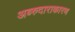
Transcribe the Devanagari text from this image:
अब्‍रुदाराकारण